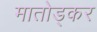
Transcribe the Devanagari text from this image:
मातोड्कर